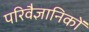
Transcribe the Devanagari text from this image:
परिवैज्ञानिकों